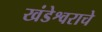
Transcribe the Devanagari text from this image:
खंडेश्वराचे